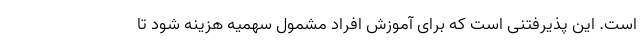
است. این پذیرفتنی است که برای آموزش افراد مشمول سهمیه هزینه شود تا